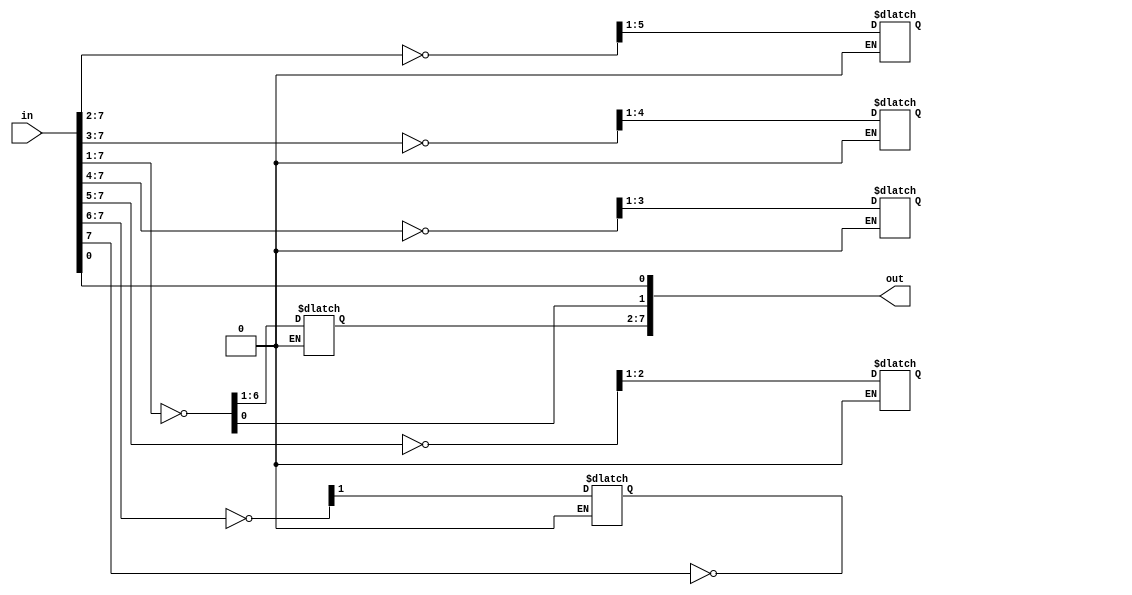
module complement (in,out);
input [7:0]in;
output reg [7:0]out;
wire [7:0] temp1;
genvar i;
initial
out[0] = in[0];
assign temp1[7:0] = in[7:0];

for(i=1; i<=7; i=i+1)
begin
always @ (*) begin
if (temp1[i-1]== 1'b1) begin
out[7:i] = ~ temp1[7:i];
end
else if(temp1[i-1] == 1'b0 && (out[i] == 1'b1 || out [i] == 1'b0))
out[7:i] = ~ temp1[7:i];
else
out [i] = temp1[i]; 
end
end
endmodule